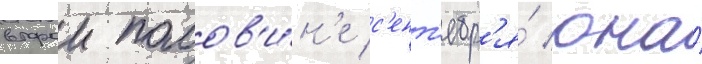
второи полов'и́н'е с'ент'ябр'я́ она́